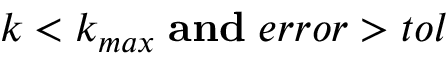
k < k _ { m a x } \; \mathbf { a n d } \; e r r o r > t o l